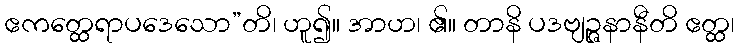
ဧကတ္ထေရာပဒေသော”တိ၊ ဟူ၍။ အာဟ၊ ၏။ တာနိ ပဒဗျဉ္ဇနာနီတိ ဧတ္ထ၊